Civil Veterinary Department. United Provinces 1932-42 - 1932-1942
Year: 1932
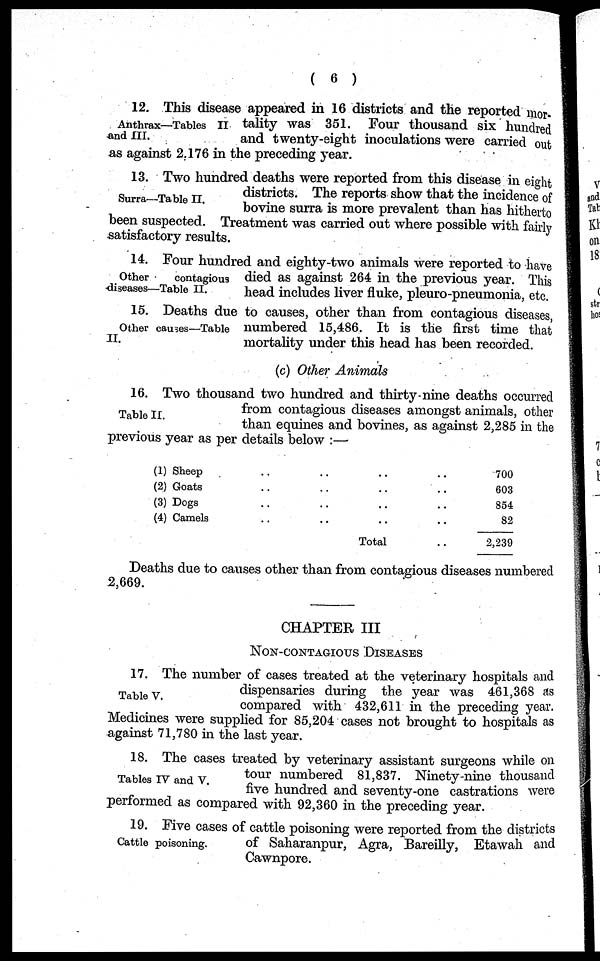
( 6 )
Anthrax—Tables II
and III.
12. This disease appeared in 16 districts and the reported mor-
tality was 351. Four thousand six hundred
and twenty-eight inoculations were carried out
as against 2.176 in the preceding year.
Surra—Table II.
13. Two hundred deaths were reported from this disease in eight
districts. The reports show that the incidence of
bovine surra is more prevalent than has hitherto
been suspected. Treatment was carried out where possible with fairly
satisfactory results.
Other
contagious
diseases—Table II.
14. Four hundred and eighty-two animals were reported to have
died as against 264 in the previous year. This
head includes liver fluke, pleuro-pneumonia, etc.
Other causes—Table
II.
15. Deaths due to causes, other than from contagious diseases,
numbered 15,486. It is the first time that
mortality under this head has been recorded.
(c) Other Animals
Table II.
16. Two thousand two hundred and thirty-nine deaths occurred
from contagious diseases amongst animals, other
than equines and bovines, as against 2,285 in the
previous year as per details below:—
(1) Sheep ..
(2) Goats ..
(3) Dogs ..
(4) Camels ..
.. ..
.. ..
.. ..
.. ..
Total
.. 700
.. 603
.. 854
.. 82
2,239
Deaths due to causes other than from contagious diseases numbered
2,669.
CHAPTER III
NON-CONTAGIOUS DISEASES
Table V.
17. The number of cases treated at the veterinary hospitals and
dispensaries during the year was 461,368 as
compared with 432,611 in the preceding year.
Medicines were supplied for 85,204 cases not brought to hospitals as
against 71,780 in the last year.
Tables IV and V.
18. The cases treated by veterinary assistant surgeons while on
tour numbered 81,837. Ninety-nine thousand
five hundred and seventy-one castrations were
performed as compared with 92,360 in the preceding year.
Cattle poisoning.
19. Five cases of cattle poisoning were reported from the districts
of Saharanpur, Agra, Bareilly, Etawah and
Cawnpore.